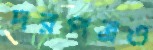
দরপত্রও